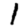
Digit: 1